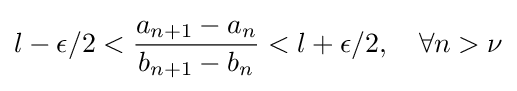
l-\epsilon /2<{\frac {a_{n+1}-a_{n}}{b_{n+1}-b_{n}}}<l+\epsilon /2,\quad \forall n>\nu